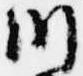
川